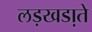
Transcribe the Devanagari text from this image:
लड़खडा़ते